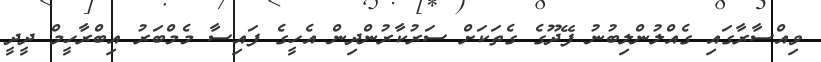
ވިއްސާރާގައި ގެއްލުންލިބުނު ފޭދޫގެ ގެތަކަށް ސަރުކާރުންދިން އެހީގެ ފައިސާ މެމްބަރު އިބްރާހީމް ދީދީ